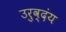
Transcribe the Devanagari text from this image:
उरुव्दंय